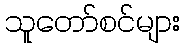
သူတော်စင်များ